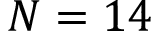
N = 1 4